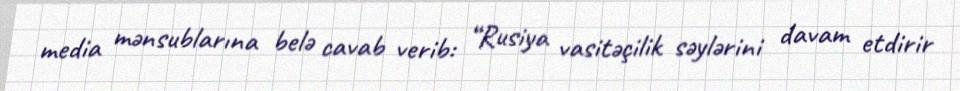
media mənsublarına belə cavab verib: “Rusiya vasitəçilik səylərini davam etdirir